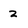
Character: 2